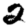
Digit: 2